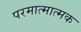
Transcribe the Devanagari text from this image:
परमात्मात्मक